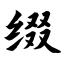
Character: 缀